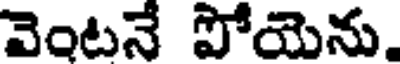
వెంటనే పోయెను.